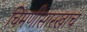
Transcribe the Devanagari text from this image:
चिमणीसारखाच